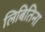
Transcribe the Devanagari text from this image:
लिबितिना